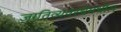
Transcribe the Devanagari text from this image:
जातिव्यवस्थेमधील